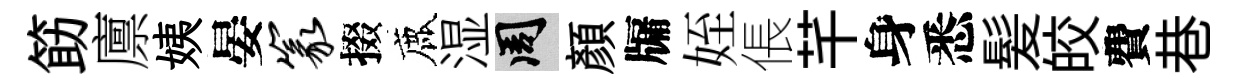
筯廪姨晏篆掇鹿湿周顔牖姪倀芊身悉髪皎費巷